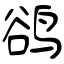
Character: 鹆